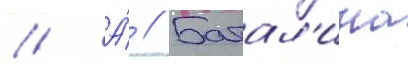
// А́ // Батал'ина